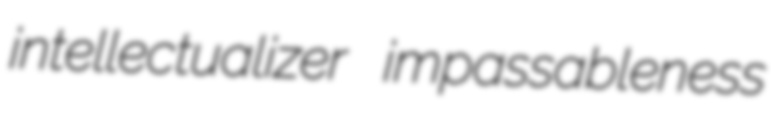
intellectualizer impassableness